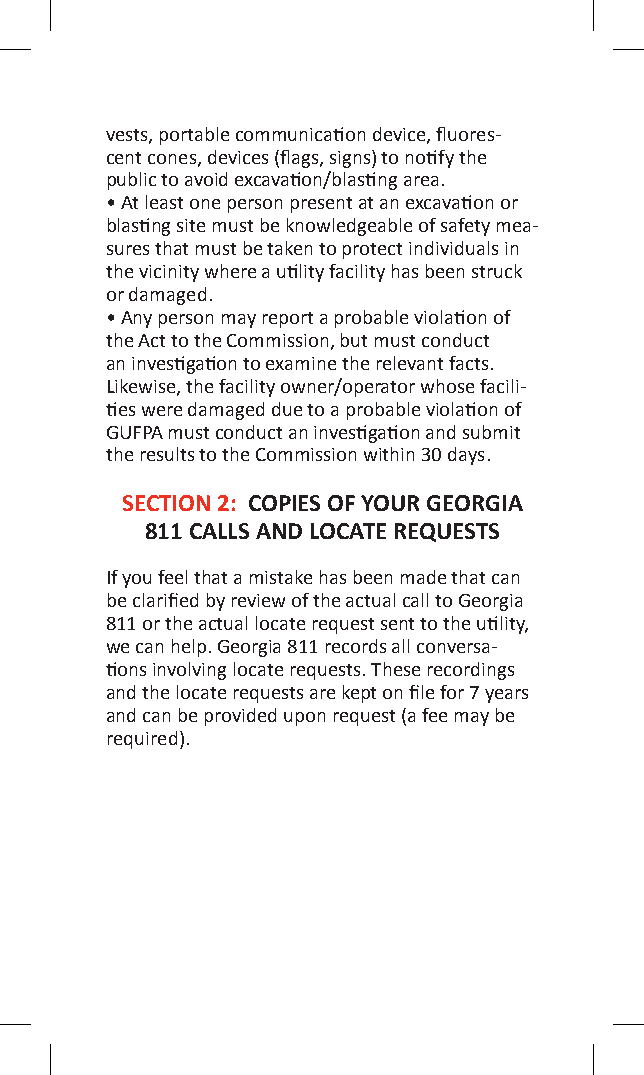
vests, portable communication device, fluores-
 cent cones, devices (flags, signs) to notify the
 public to avoid excavation/blasting area.
 • At least one person present at an excavation or
 blasting site must be knowledgeable of safety mea-
 sures that must be taken to protect individuals in
 the vicinity where a utility facility has been struck
 or damaged.
 • Any person may report a probable violation of
 the Act to the Commission, but must conduct
 an investigation to examine the relevant facts.
 Likewise, the facility owner/operator whose facili-
 ties were damaged due to a probable violation of
 GUFPA must conduct an investigation and submit
 the results to the Commission within 30 days.
 SECTION 2: COPIES OF YOUR GEORGIA
 811 CALLS AND LOCATE REQUESTS
 If you feel that a mistake has been made that can
 be clarified by review of the actual call to Georgia
 811 or the actual locate request sent to the utility,
 we can help. Georgia 811 records all conversa-
 tions involving locate requests. These recordings
 and the locate requests are kept on file for 7 years
 and can be provided upon request (a fee may be
 required).